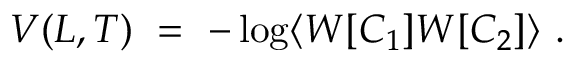
V ( L , T ) ~ = ~ - \log \langle W [ { \cal C } _ { 1 } ] W [ { \cal C } _ { 2 } ] \rangle ~ .